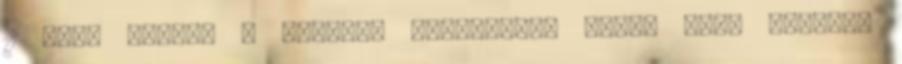
11 rész alatt. : Annyira hihetetlen volt, hogy Kathryn